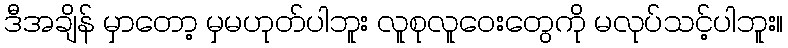
ဒီအချိန် မှာတော့ မှမဟုတ်ပါဘူး လူစုလူဝေးတွေကို မလုပ်သင့်ပါဘူး။